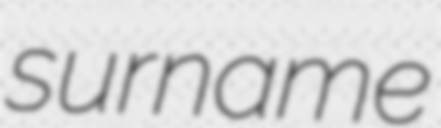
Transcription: surname